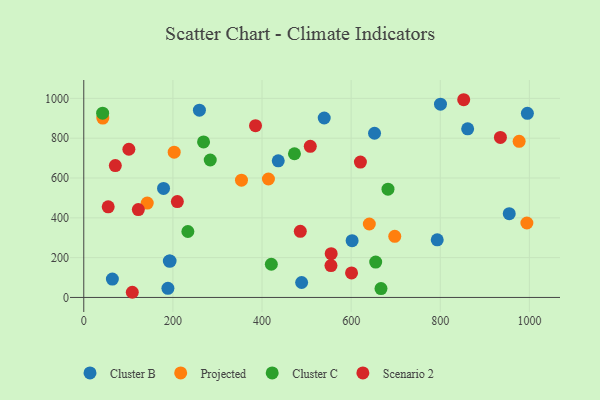
{"axis": {"x": "Engine Size", "y": "Yield"}, "legend": ["Cluster B", "Cluster C", "Projected", "Scenario 2"], "data": [{"x": "800.5", "y": 971.0, "type": "Cluster B"}, {"x": "64.2", "y": 92.3, "type": "Cluster B"}, {"x": "539.6", "y": 901.5, "type": "Cluster B"}, {"x": "259.5", "y": 941.0, "type": "Cluster B"}, {"x": "488.9", "y": 75.2, "type": "Cluster B"}, {"x": "192.0", "y": 182.5, "type": "Cluster B"}, {"x": "954.8", "y": 420.9, "type": "Cluster B"}, {"x": "193.7", "y": 182.9, "type": "Cluster B"}, {"x": "861.5", "y": 847.2, "type": "Cluster B"}, {"x": "793.2", "y": 289.7, "type": "Cluster B"}, {"x": "436.4", "y": 686.3, "type": "Cluster B"}, {"x": "602.2", "y": 285.4, "type": "Cluster B"}, {"x": "188.8", "y": 45.6, "type": "Cluster B"}, {"x": "652.5", "y": 825.0, "type": "Cluster B"}, {"x": "995.5", "y": 925.1, "type": "Cluster B"}, {"x": "179.0", "y": 547.9, "type": "Cluster B"}, {"x": "353.9", "y": 588.9, "type": "Projected"}, {"x": "42.7", "y": 901.2, "type": "Projected"}, {"x": "640.8", "y": 369.1, "type": "Projected"}, {"x": "414.4", "y": 595.0, "type": "Projected"}, {"x": "697.9", "y": 306.9, "type": "Projected"}, {"x": "977.0", "y": 784.5, "type": "Projected"}, {"x": "142.4", "y": 474.0, "type": "Projected"}, {"x": "202.9", "y": 729.8, "type": "Projected"}, {"x": "994.4", "y": 373.9, "type": "Projected"}, {"x": "655.1", "y": 177.7, "type": "Cluster C"}, {"x": "233.6", "y": 331.3, "type": "Cluster C"}, {"x": "472.8", "y": 721.9, "type": "Cluster C"}, {"x": "420.9", "y": 166.8, "type": "Cluster C"}, {"x": "667.0", "y": 44.8, "type": "Cluster C"}, {"x": "268.8", "y": 781.3, "type": "Cluster C"}, {"x": "283.8", "y": 690.4, "type": "Cluster C"}, {"x": "682.7", "y": 543.7, "type": "Cluster C"}, {"x": "42.3", "y": 925.8, "type": "Cluster C"}, {"x": "210.0", "y": 481.6, "type": "Scenario 2"}, {"x": "485.9", "y": 332.4, "type": "Scenario 2"}, {"x": "555.2", "y": 219.9, "type": "Scenario 2"}, {"x": "554.7", "y": 160.2, "type": "Scenario 2"}, {"x": "385.4", "y": 863.0, "type": "Scenario 2"}, {"x": "600.9", "y": 123.4, "type": "Scenario 2"}, {"x": "108.9", "y": 26.0, "type": "Scenario 2"}, {"x": "935.0", "y": 804.0, "type": "Scenario 2"}, {"x": "54.8", "y": 455.2, "type": "Scenario 2"}, {"x": "122.4", "y": 441.4, "type": "Scenario 2"}, {"x": "101.2", "y": 744.4, "type": "Scenario 2"}, {"x": "852.6", "y": 993.3, "type": "Scenario 2"}, {"x": "620.8", "y": 680.1, "type": "Scenario 2"}, {"x": "508.3", "y": 759.0, "type": "Scenario 2"}, {"x": "70.8", "y": 662.4, "type": "Scenario 2"}]}